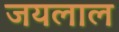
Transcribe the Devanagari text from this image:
जयलाल